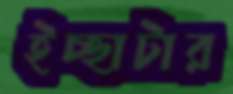
ইচ্ছাটার